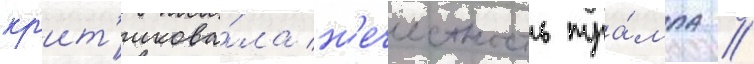
кр'ит'икова́ла н'ечестность тра́мпа //